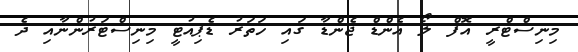
މިނިސްޓްރީ އޮފް ލޯ އެންޑް ޖެންޑާ ގައި ހަތަރު ޑެޕިއުޓީ މިނިސްޓަރުންނާއި ދެ